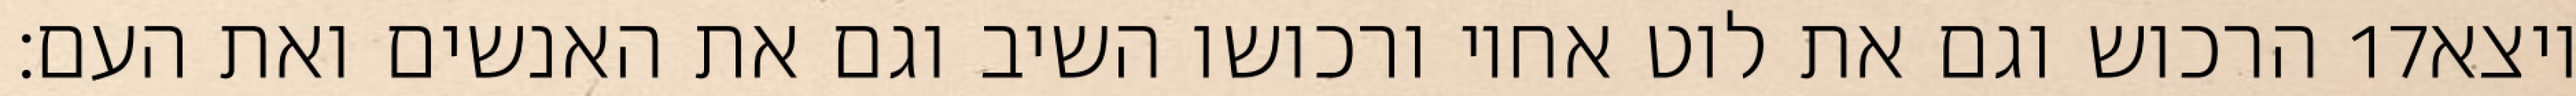
הרכוש וגם את לוט אחיו ורכושו השיב וגם את האנשים ואת העם׃ ‎17‏ ויצא